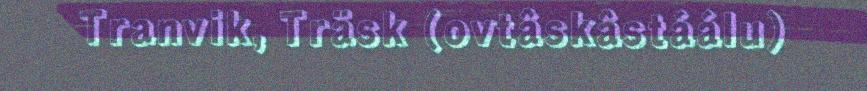
Tranvik, Träsk (ovtâskâstáálu)